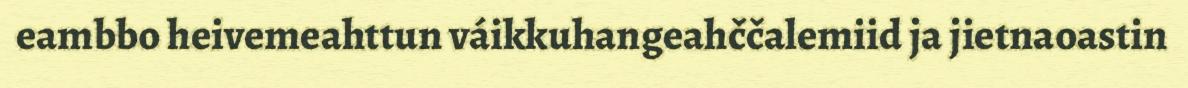
eambbo heivemeahttun váikkuhangeahččalemiid ja jietnaoastin